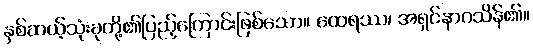
နှစ်ဆယ့်သုံးခုတို့၏ပြည့်ကြောင်းဖြစ်သော။ ထေရဿ၊ အရှင်နာဂသိန်၏။